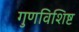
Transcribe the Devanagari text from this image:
गुणविशिष्ट